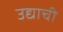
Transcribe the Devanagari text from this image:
उद्याची